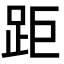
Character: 距